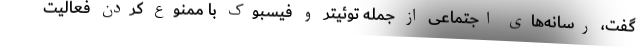
گفت، رسانه‌های اجتماعی از جمله توئیتر و فیسبوک با ممنوع کردن فعالیت